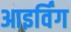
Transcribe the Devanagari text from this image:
आइर्विंग